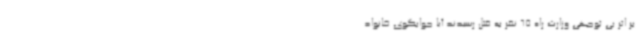
بر اثر بی توجهی وزارت راه 65 نفر به قتل رسیدند آیا جوابگوی خانواد